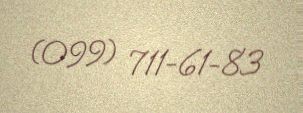
(099) 711-61-83